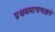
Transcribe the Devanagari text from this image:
प्रथममाचचक्षते